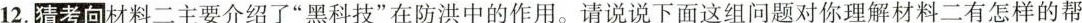
12.猜考向材料二主要介绍了”黑科技”在防洪中的作用。请说说下面这组问题对你理解材料二有怎样的帮